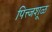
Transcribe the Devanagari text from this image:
पित्त्जशूळ